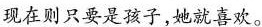
现在则只要是孩子，她就喜欢。